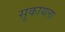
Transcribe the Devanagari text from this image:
सुकायला